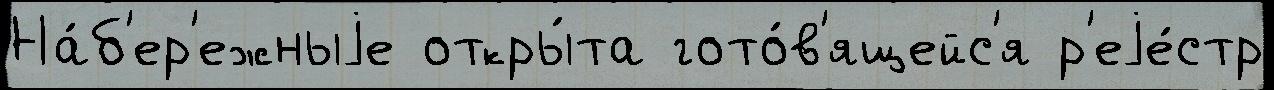
На́б'ер'ежныjе откры́та гото́в'ящейс'я р'еjе́стр